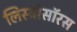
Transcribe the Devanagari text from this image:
लिस्ट्रोसॉरस